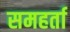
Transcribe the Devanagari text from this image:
समहर्ता